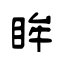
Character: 眸